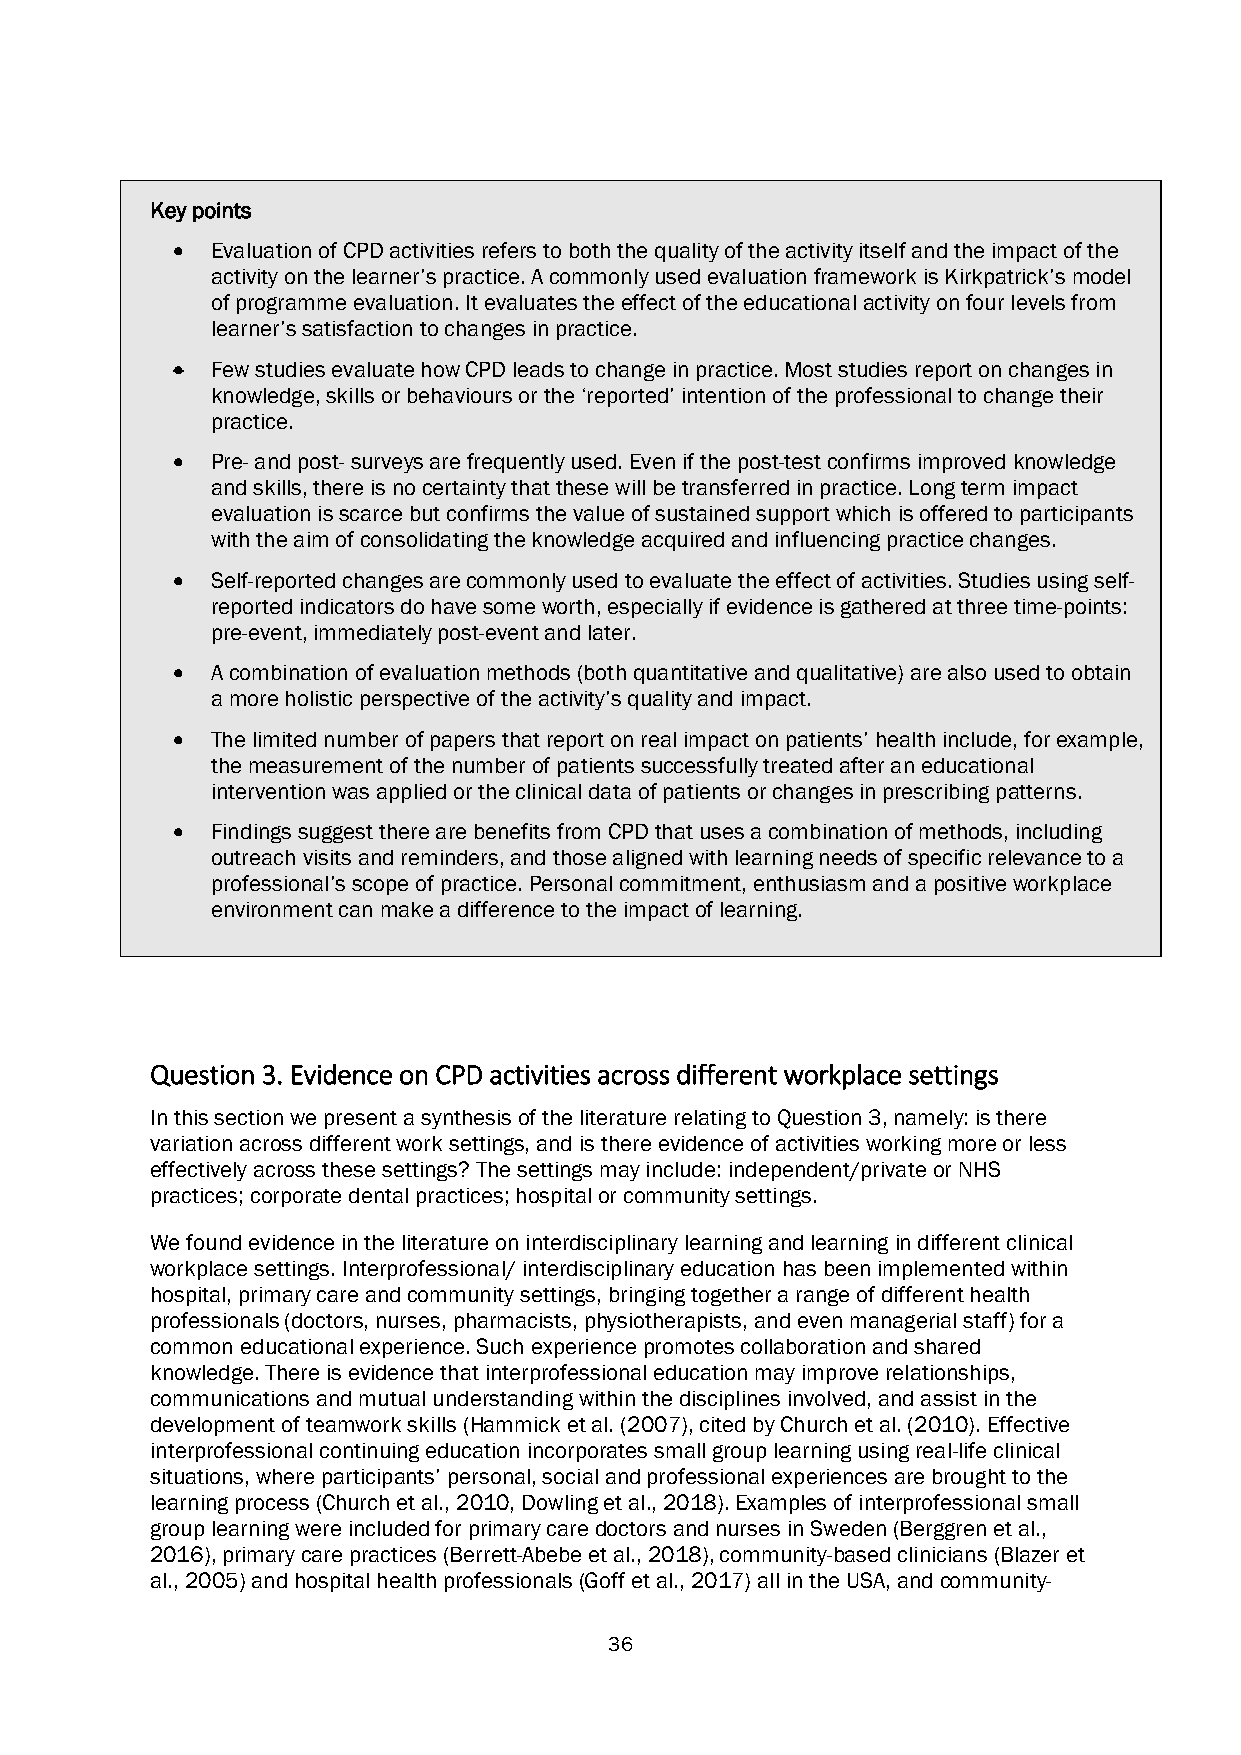
Key points
 •  Evaluation of CPD activities refers to both the quality of the activity itself and the impact of the
 activity on the learner’s practice. A commonly used evaluation framework is Kirkpatrick’s model
 of programme evaluation. It evaluates the effect of the educational activity on four levels from
 learner’s satisfaction to changes in practice.
 •  Few studies evaluate how CPD leads to change in practice. Most studies report on changes in
 knowledge, skills or behaviours or the ‘reported’ intention of the professional to change their
 practice.
 •  Pre- and post- surveys are frequently used. Even if the post-test confirms improved knowledge
 and skills, there is no certainty that these will be transferred in practice. Long term impact
 evaluation is scarce but confirms the value of sustained support which is offered to participants
 with the aim of consolidating the knowledge acquired and influencing practice changes.
 •  Self-reported changes are commonly used to evaluate the effect of activities. Studies using self-
 reported indicators do have some worth, especially if evidence is gathered at three time-points:
 pre-event, immediately post-event and later.
 •  A combination of evaluation methods (both quantitative and qualitative) are also used to obtain
 a more holistic perspective of the activity’s quality and impact.
 •  The limited number of papers that report on real impact on patients’ health include, for example,
 the measurement of the number of patients successfully treated after an educational
 intervention was applied or the clinical data of patients or changes in prescribing patterns.
 •  Findings suggest there are benefits from CPD that uses a combination of methods, including
 outreach visits and reminders, and those aligned with learning needs of specific relevance to a
 professional’s scope of practice. Personal commitment, enthusiasm and a positive workplace
 environment can make a difference to the impact of learning.
 Question 3. Evidence on CPD activities across different workplace settings
 In this section we present a synthesis of the literature relating to Question 3, namely: is there
 variation across different work settings, and is there evidence of activities working more or less
 effectively across these settings? The settings may include: independent/private or NHS
 practices; corporate dental practices; hospital or community settings.
 We found evidence in the literature on interdisciplinary learning and learning in different clinical
 workplace settings. Interprofessional/ interdisciplinary education has been implemented within
 hospital, primary care and community settings, bringing together a range of different health
 professionals (doctors, nurses, pharmacists, physiotherapists, and even managerial staff) for a
 common educational experience. Such experience promotes collaboration and shared
 knowledge. There is evidence that interprofessional education may improve relationships,
 communications and mutual understanding within the disciplines involved, and assist in the
 development of teamwork skills (Hammick et al. (2007), cited by Church et al. (2010). Effective
 interprofessional continuing education incorporates small group learning using real-life clinical
 situations, where participants’ personal, social and professional experiences are brought to the
 learning process (Church et al., 2010, Dowling et al., 2018). Examples of interprofessional small
 group learning were included for primary care doctors and nurses in Sweden (Berggren et al.,
 2016), primary care practices (Berrett-Abebe et al., 2018), community-based clinicians (Blazer et
 al., 2005) and hospital health professionals (Goff et al., 2017) all in the USA, and community-
 36